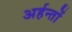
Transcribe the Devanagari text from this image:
अर्हन्तों